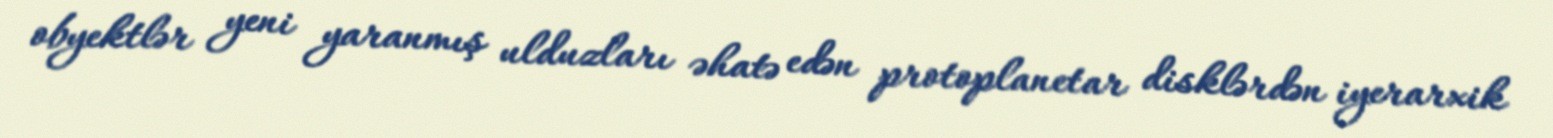
obyektlər yeni yaranmış ulduzları əhatə edən protoplanetar disklərdən iyerarxik